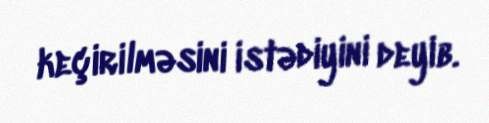
keçirilməsini istədiyini deyib.